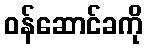
ဝန်ဆောင်ခကို